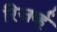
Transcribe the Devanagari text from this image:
रिजर्व्ह